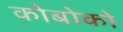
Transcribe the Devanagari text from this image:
कोबोको